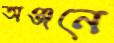
অঞ্জনে